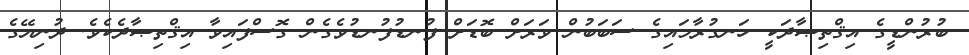
ބުރުންޑީގެ އިޤްތިޞާދަކީ ހަނގުރާމައިގެ ސަބަބުން ވަރަށް ބޮޑަށް ފުނޑުފުނޑުވެގެން ގޮސްފައިވާ އިޤްތިޞާދެކެވެ. ދުނިޔޭގެ